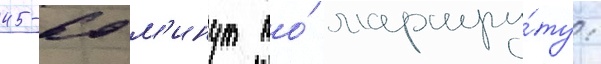
45-60 м'инут по́ маршру́ту: